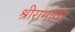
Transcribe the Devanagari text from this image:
श्रीरामावर